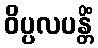
ဝိပ္ပလပန္တိံ